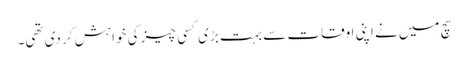
سچ میں نے اپنی اوقات سے بہت بڑی کسی چیز کی خواہش کر دی تھی۔